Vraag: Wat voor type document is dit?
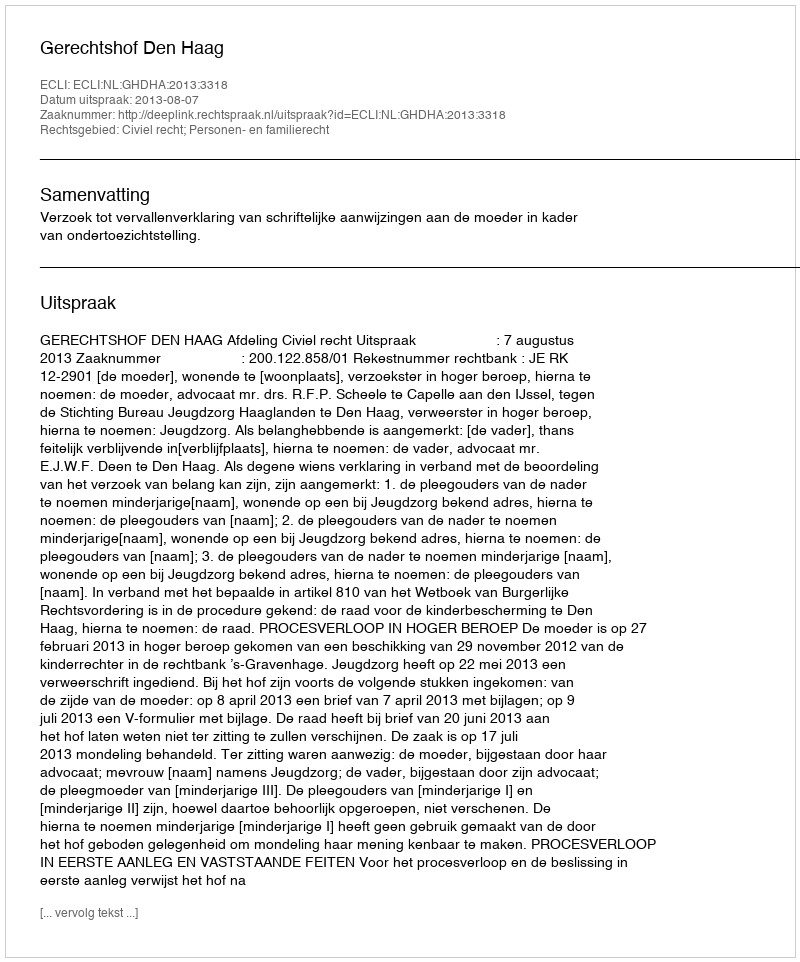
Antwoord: Uitspraak